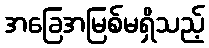
အခြေအမြစ်မရှိသည့်